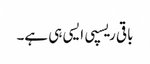
باقی ریسپی ایسی ہی ہے۔